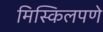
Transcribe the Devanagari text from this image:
मिस्किलपणे